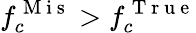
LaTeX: f_{c}^{\mathrm{~M~i~s~}}>f_{c}^{\mathrm{~T~r~u~e~}}